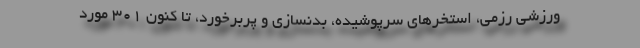
ورزشی رزمی، استخرهای سرپوشیده، بدنسازی و پربرخورد، تا کنون ۳۰۱ مورد